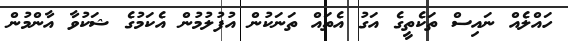
ހައްލެއް ނައިސް ތަކެތީގެ އަގު އެތައް ތަނަކުން އުފުލުމުން އެކަމުގެ ޝަކުވާ އާންމުން